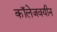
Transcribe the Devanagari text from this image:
कॉलेजवयीन